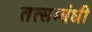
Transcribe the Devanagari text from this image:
तत्सम्बंधी